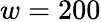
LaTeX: w=200